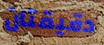
دقيقتان